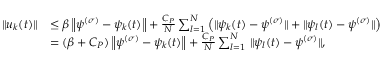
\begin{array} { r l } { \| u _ { k } ( t ) \| } & { \leq \beta \left\| \psi ^ { ( \sigma ) } - \psi _ { k } ( t ) \right\| + \frac { C _ { P } } { N } \sum _ { l = 1 } ^ { N } \left( \| \psi _ { k } ( t ) - \psi ^ { ( \sigma ) } \| + \| \psi _ { l } ( t ) - \psi ^ { ( \sigma ) } \| \right) } \\ & { = ( \beta + C _ { P } ) \left\| \psi ^ { ( \sigma ) } - \psi _ { k } ( t ) \right\| + \frac { C _ { P } } { N } \sum _ { l = 1 } ^ { N } \, \| \psi _ { l } ( t ) - \psi ^ { ( \sigma ) } \| , } \end{array}